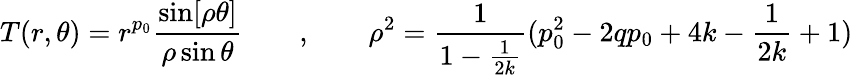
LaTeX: T(r,\theta)=r^{p_{0}}\frac{\sin[\rho\theta]}{\rho\sin\theta}\qquad,\qquad\rho^{2}=\frac{1}{1-\frac{1}{2k}}(p_{0}^{2}-2qp_{0}+4k-\frac{1}{2k}+1)